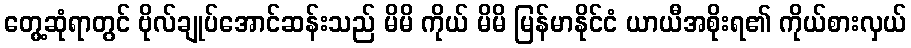
တွေ့ဆုံရာတွင် ဗိုလ်ချုပ်အောင်ဆန်းသည် မိမိ ကိုယ် မိမိ မြန်မာနိုင်ငံ ယာယီအစိုးရ၏ ကိုယ်စားလှယ်